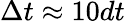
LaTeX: \Delta t\approx 10dt